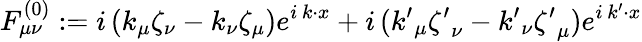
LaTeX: F_{\mu\nu}^{(0)}:=i\, (k_{\mu}\zeta_{\nu}-k_{\nu}\zeta_{\mu})e^{i\, k\cdot x}+i\, ({k^{\prime}}_{\mu}{\zeta^{\prime}}_{\nu}-{k^{\prime}}_{\nu}{\zeta^{\prime}}_{\mu})e^{i\, k^{\prime}\cdot x}